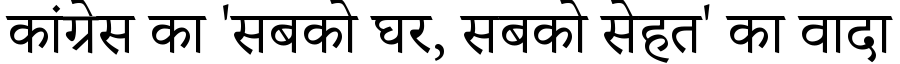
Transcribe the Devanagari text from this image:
कांग्रेस का 'सबको घर, सबको सेहत' का वादा